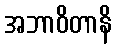
အဘာဝိတာနိ